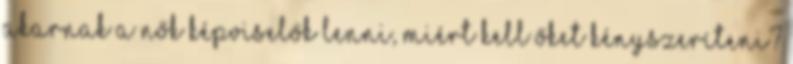
akarnak a nők képviselők lenni, miért kell őket kényszeríteni?